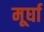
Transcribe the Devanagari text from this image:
मूर्घा